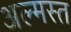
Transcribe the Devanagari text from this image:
अल्मस्त